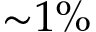
{ \sim } 1 \%